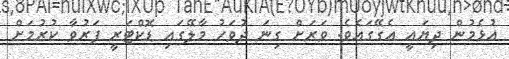
އުޅެމުން ދިޔައީ އެގޭގައެވެ. ވަރަށް ގިނަ ދުވަހު މާލޭގައި ޑޮކްޓަރީ ފަރުވާ ކުރުމަށް